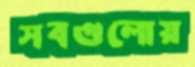
সবগুলোয়